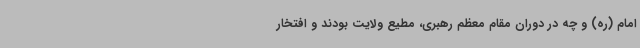
امام (ره) و چه در دوران مقام معظم رهبری، مطیع ولایت بودند و افتخار